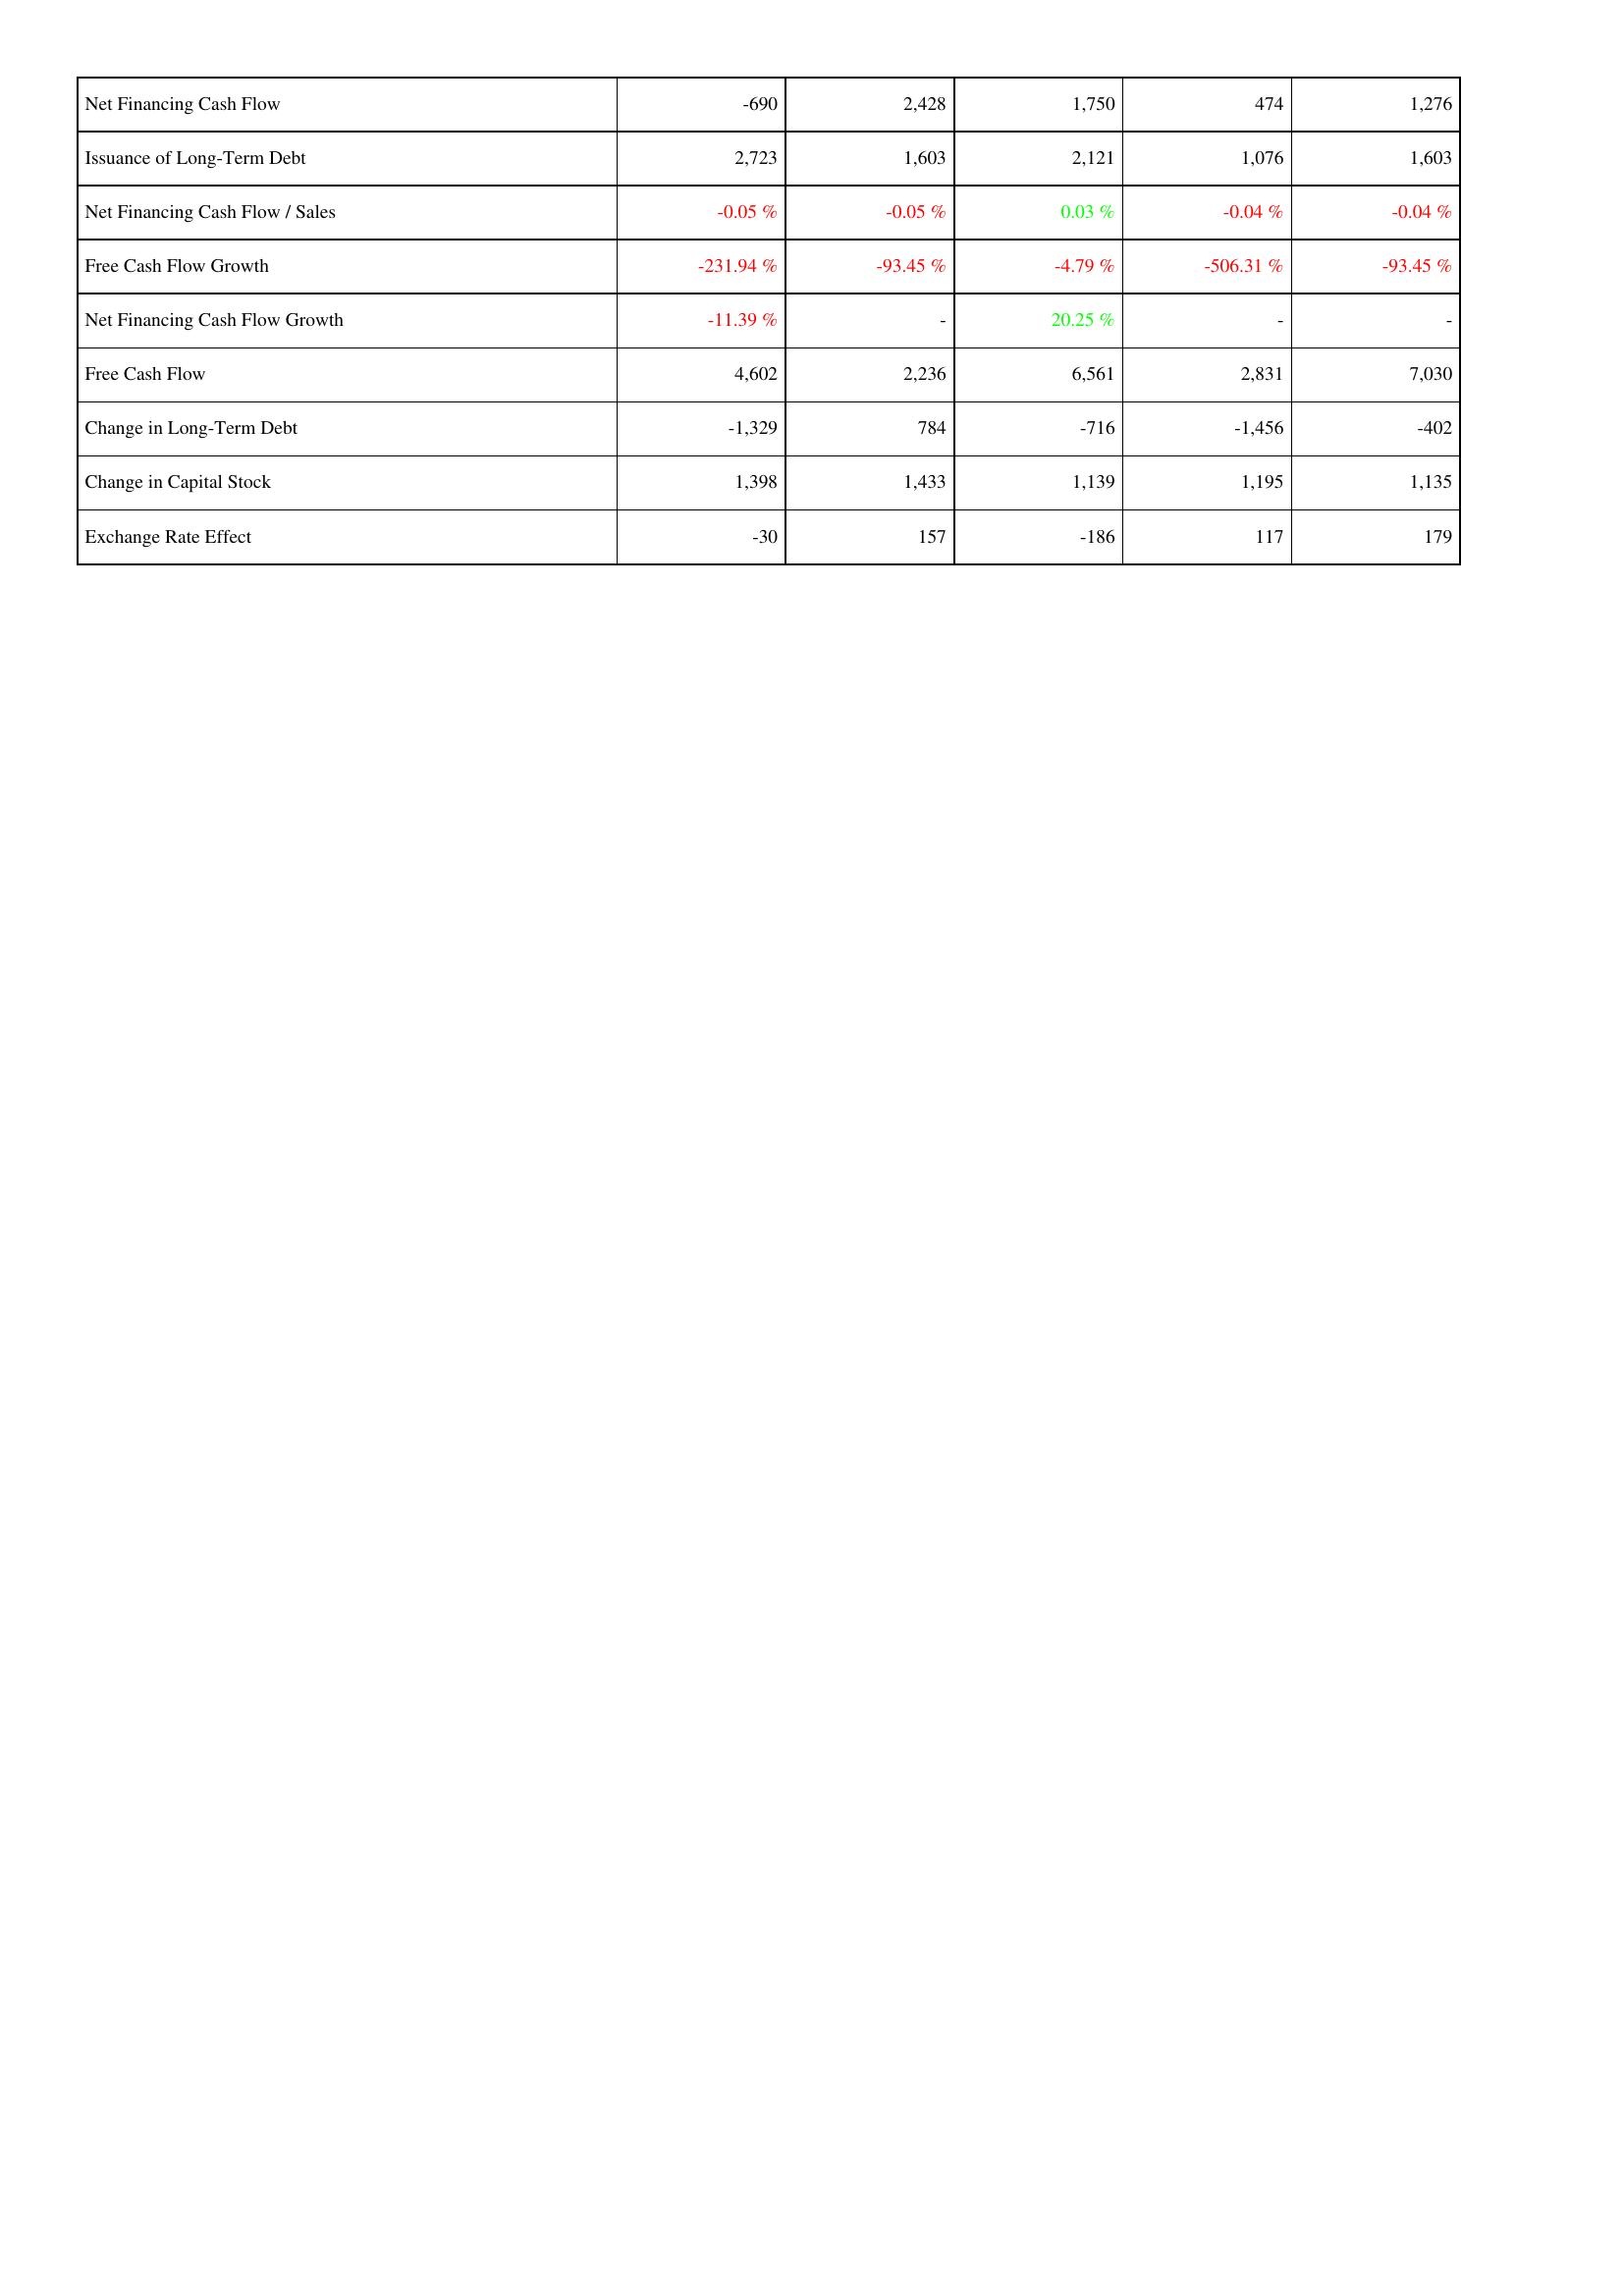
2017: Financing Activities: Net Financing Cash Flow: -690
Issuance of Long-Term Debt: 2,723
Net Financing Cash Flow / Sales: -0.05 %
Free Cash Flow Growth: -231.94 %
Net Financing Cash Flow Growth: -11.39 %
Free Cash Flow: 4,602
Change in Long-Term Debt: -1,329
Change in Capital Stock: 1,398
Exchange Rate Effect: -30
2016: Financing Activities: Net Financing Cash Flow: 2,428
Issuance of Long-Term Debt: 1,603
Net Financing Cash Flow / Sales: -0.05 %
Free Cash Flow Growth: -93.45 %
Net Financing Cash Flow Growth: -
Free Cash Flow: 2,236
Change in Long-Term Debt: 784
Change in Capital Stock: 1,433
Exchange Rate Effect: 157
2015: Financing Activities: Net Financing Cash Flow: 1,750
Issuance of Long-Term Debt: 2,121
Net Financing Cash Flow / Sales: 0.03 %
Free Cash Flow Growth: -4.79 %
Net Financing Cash Flow Growth: 20.25 %
Free Cash Flow: 6,561
Change in Long-Term Debt: -716
Change in Capital Stock: 1,139
Exchange Rate Effect: -186
2014: Financing Activities: Net Financing Cash Flow: 474
Issuance of Long-Term Debt: 1,076
Net Financing Cash Flow / Sales: -0.04 %
Free Cash Flow Growth: -506.31 %
Net Financing Cash Flow Growth: -
Free Cash Flow: 2,831
Change in Long-Term Debt: -1,456
Change in Capital Stock: 1,195
Exchange Rate Effect: 117
2013: Financing Activities: Net Financing Cash Flow: 1,276
Issuance of Long-Term Debt: 1,603
Net Financing Cash Flow / Sales: -0.04 %
Free Cash Flow Growth: -93.45 %
Net Financing Cash Flow Growth: -
Free Cash Flow: 7,030
Change in Long-Term Debt: -402
Change in Capital Stock: 1,135
Exchange Rate Effect: 179